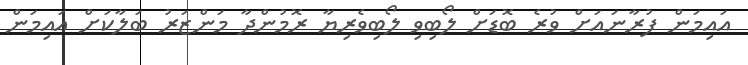
އައިމަން ފުރާނައަށް ވުރެ ބޮޑަށް ލޯބިވި ލޯބިވެރިޔާ ރޮމުންދާ މަންޒަރު ބަލާކަށް އައިމަން